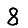
Digit: 8